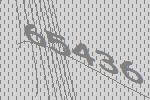
65436